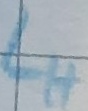
Text: LH